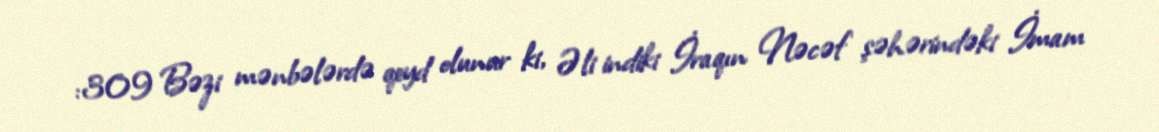
:309 Bəzi mənbələrdə qeyd olunur ki, Əli indiki İraqın Nəcəf şəhərindəki İmam